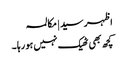
اظہر سید | مکالمہ
کچھ بھی ٹھیک نہیں ہو رہا ۔